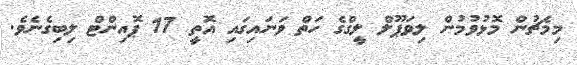
މިމެޗުން މޮޅުވުމުން ލިވަޕޫލް ލީގްގެ ހަތް ވަނައިގައި އޮތީ 17 ޕޮއިންޓް ލިބިގެނެވެ.